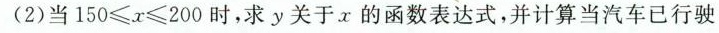
(2)当$$1 5 0 ≤ x ≤ 2 0 0$$时，求y关于x的函数表达式，并计算当汽车已行驶